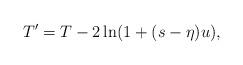
LaTeX: \begin{align*} T'=T-2\ln(1+(s-\eta)u),\end{align*}